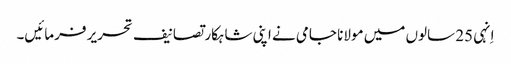
اِنہی 25 سالوں میں مولانا جامی نے اپنی شاہکار تصانیف تحریر فرمائیں۔